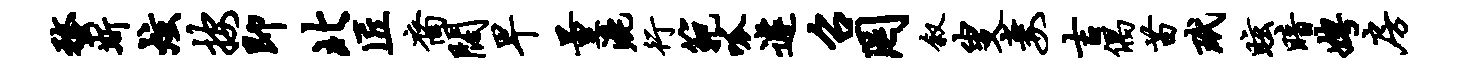
蝥斯炫按即北匠裔阔早量漉行范呱遽召罔叙叟妻吉偶苗玳眩暗娉房